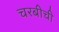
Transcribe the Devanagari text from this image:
चरबीची